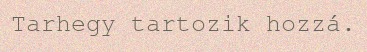
Tarhegy tartozik hozzá.